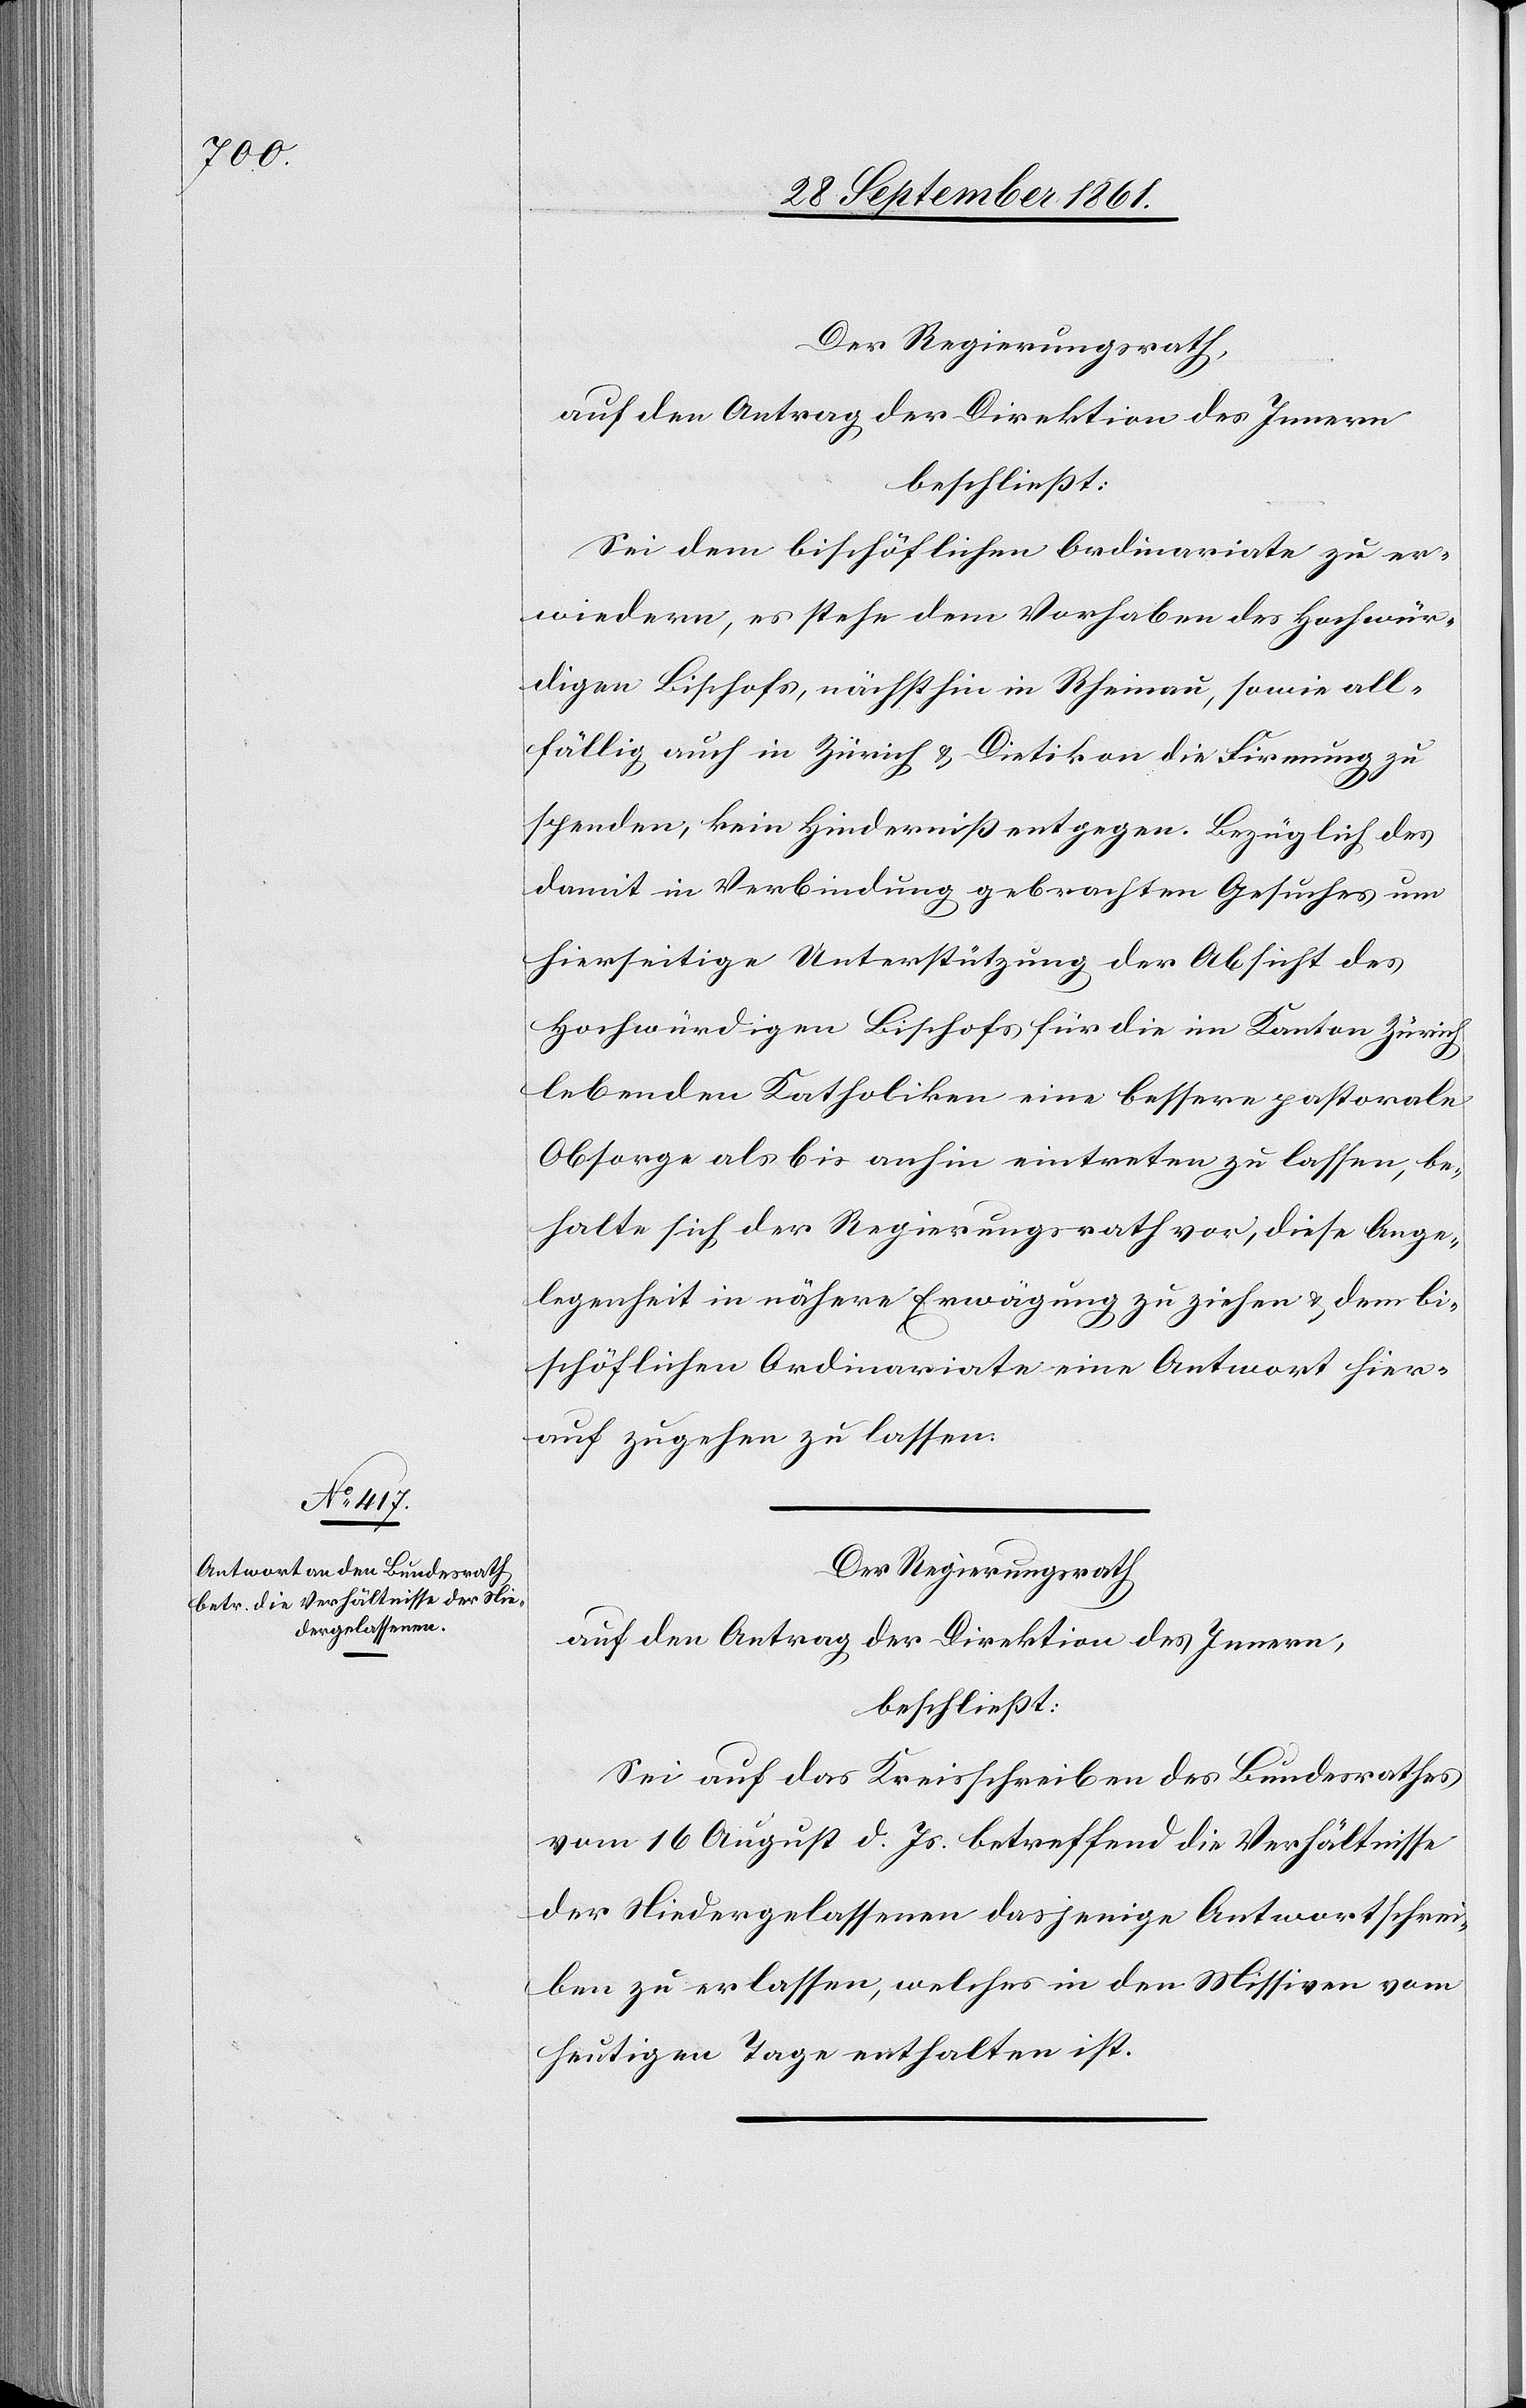
Der Regierungsrath,
auf den Antrag der Direktion des Innern
beschließt:
Sei dem bischöflichen Ordinariate zu er¬
wiedern, es stehe dem Vorhaben des Hochwär¬
tigen Bischofs, nächsthin in Rheinau, sowie all¬
fällig auch in Zürich u. Dietikon die Firmung zu
spenden, kein Hinderniß entgegen. Bezüglich des
damit in Verbindung gebrachten Gesuches um
hierseitige Unterstützung der Absicht des
Hochwürdigen Bischofs für die im Kanton Zürich
lebenden Katholiken eine bessere pastorale
Absorge als bis anhin eintreten zu lassen, be¬
halte sich der Regierungsrath vor, diese Ange¬
legenheit in nähere Erwägung zu ziehen u. dem bi¬
schöflichen Ordinariate eine Antwort hier¬
auf zugehen zu lassen.
Der Regierungsrath
auf den Antrag der Direktion des Innern,
beschließt:
Sei auf das Kreisschreiben des Bundesrathes
vom 16 August d. Js. betreffend die Verhältnisse
der Niedergelassenen dasjenige Antwortschrei¬
ben zu erlassen, welches in den Missiven vom
heutigen Tage enthalten ist.